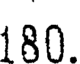
180.